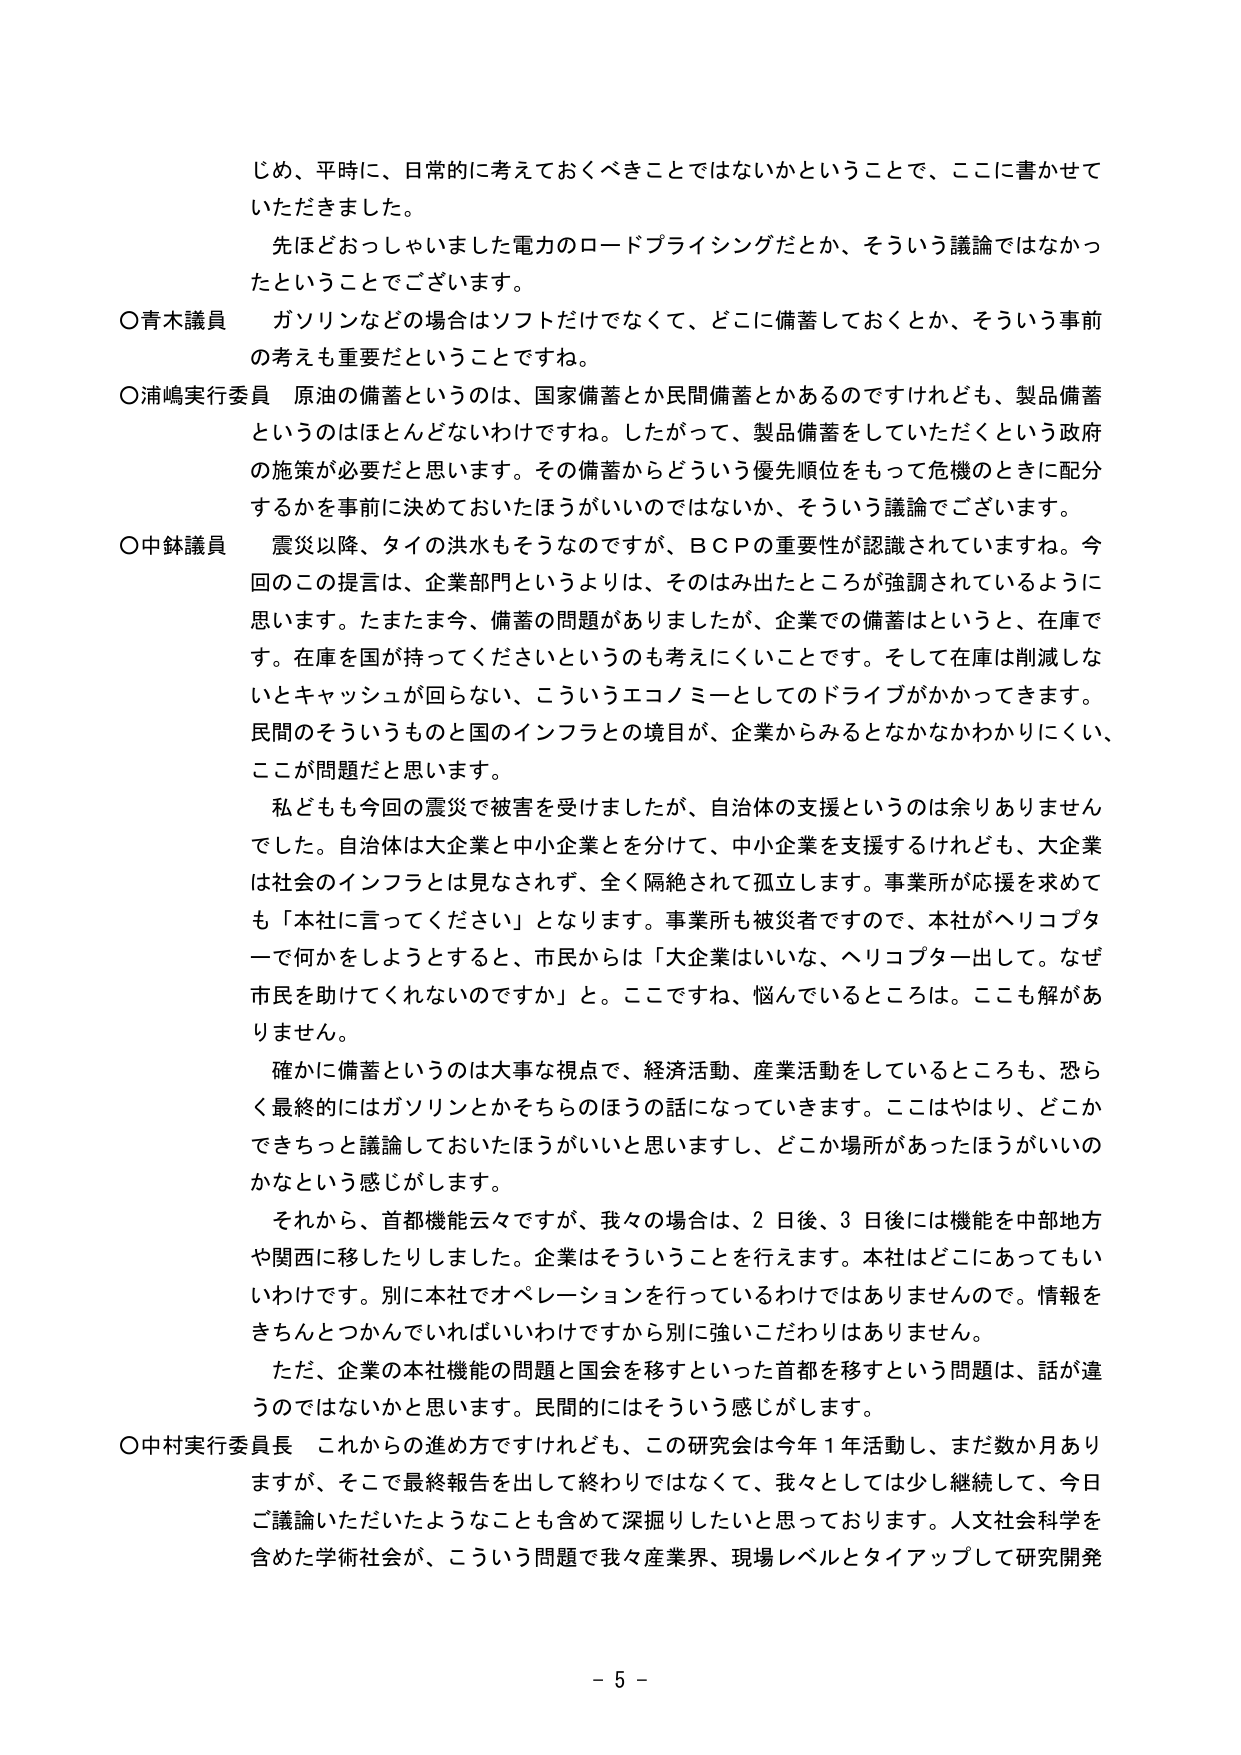
じめ、平時に、日常的に考えておくべきことではないかということで、ここに書かせていただきました。

先ほどおっしゃいました電力のロードプライシングだとか、そういう議論ではなかったということでございます。

〇青木議員　ガソリンなどの場合はソフトだけでなく、どこに備蓄しておくとか、そういう事前の考えも重要だということですね。

〇浦嶋実行委員　原油の備蓄というのは、国家備蓄とか民間備蓄とかあるのですけれども、製品備蓄というのはほとんどないわけです。したがって、製品備蓄をしていただくという政府の施策が必要だと思います。その備蓄からどういう優先順位をもって危機のときに配分するかを事前に決めておいたほうがいいのではないか、そういう議論でございます。

〇中鉢議員　震災以降、タイの洪水もそうなのですが、ＢＣＰの重要性が認識されています。今回のこの提言は、企業部門というよりは、そのはみ出たところが強調されているように思います。たまたま今、備蓄の問題がありましたが、企業での備蓄はというと、在庫です。在庫は国が持ってくださいというのも考えにくいことです。そして在庫は削減しないとキャッシュが回らない、こういうエコノミーとしてのドライブがかかってきます。民間のそういうものと国のインフラとの境目が、企業からみるとなかなかわかりにくい、ここが問題だと思います。

私どもも今回の震災で被害を受けましたが、自治体の支援というのは余りありませんでした。自治体は大企業と中小企業を分けて、中小企業を支援するけれども、大企業は社会のインフラとは見なされず、全く隔絶されて孤立します。事業所が応援を求めても「本社に言ってください」となります。事業所も被災者ですので、本社がヘリコプターで何かをしようとするとき、市民からは「大企業はいいな、ヘリコプター出して。なぜ市民を助けてくれないのですか」と。ここですね、悩んでいるところは。ここも解がありません。

確かに備蓄というのは大事な視点で、経済活動、産業活動をしているところも、恐らく最終的にはガソリンとかそちらのほうの話になっていきます。ここはやはり、どこかできちっと議論しておいたほうがいいと思いますし、どこか場所があったほうがいいのかなという感じがします。

それから、首都機能云々ですが、我々の場合は、2日後、3日後には機能を中部地方や関西に移したりしました。企業はそういうことを行えます。本社はどこにあってもいいわけです。別に本社でオペレーションを行っているわけではありませんので。情報をきちんとつかんでいればいいわけですから別に強いこだわりはありません。

ただ、企業の本社機能の問題と国会を移すといった首都を移すという問題は、話が違うのではないかと思います。民間的にはそういう感じがします。

〇中村実行委員長　これからの進め方ですけれども、この研究会は今年1年活動し、まだ数か月ありますが、そこで最終報告を出して終わりではなくて、我々としては少し継続して、今日ご議論いただいたようなことも含めて深掘りしたいと思っております。人文社会科学を含めた学術社会が、こういう問題で我々産業界、現場レベルとタイアップして研究開発

－ 5 －